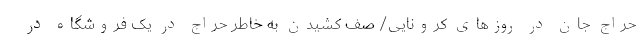
حراج جان در روزهای کرونایی/ صف کشیدن به خاطر حراج در یک فروشگاه در